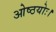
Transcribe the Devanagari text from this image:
ओष्ठयोः।